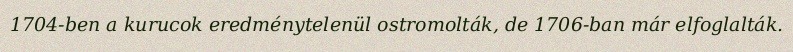
1704-ben a kurucok eredménytelenül ostromolták, de 1706-ban már elfoglalták.